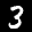
Label: 3